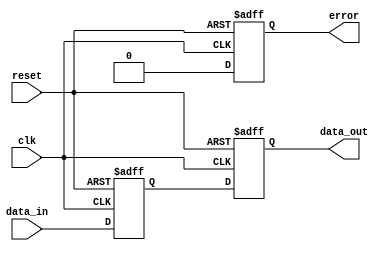
module EthernetController (
    input wire clk,
    input wire reset,
    input wire data_in,
    output wire data_out,
    output wire error
);

reg [7:0] data_reg;
reg error_flag;

// Clock generation block
always @(posedge clk or posedge reset) begin
    if (reset) begin
        data_reg <= 8'b0;
    end else begin
        data_reg <= data_in;
    end
end

// Data synchronization block
always @(posedge clk or posedge reset) begin
    if (reset) begin
        data_out <= 1'b0;
        error_flag <= 1'b0;
    end else begin
        data_out <= data_reg;
        error_flag <= 1'b0; // Placeholder for error detection and correction logic
    end
end

// Timing control block
// Placeholder for timing control logic

assign error = error_flag;

endmodule